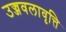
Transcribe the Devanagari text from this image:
उज्जवलावृत्ति